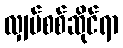
လျှပ်စစ်ဆိုင်ရာ